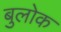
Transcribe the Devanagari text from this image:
बुलोक